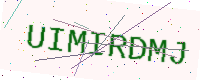
Text: UIMIRDMJ